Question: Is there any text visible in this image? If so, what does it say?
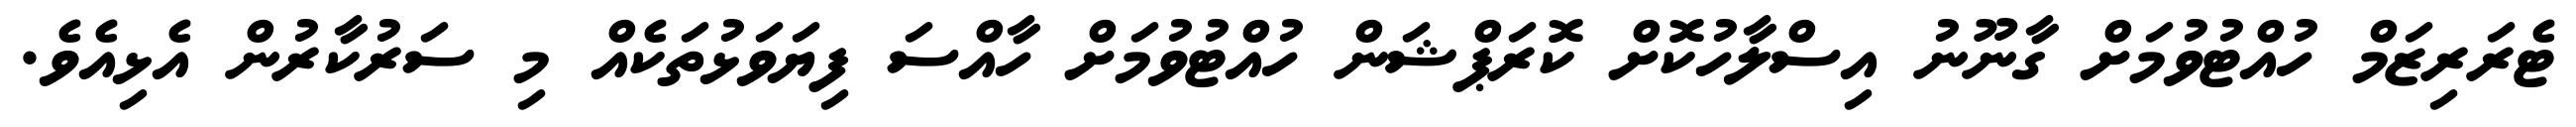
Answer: ޓެރަރިޒަމް ހުއްޓުވުމަށް ގާނޫނު އިސްލާހުކޮށް ކޮރަޕްޝަން ހުއްޓުވުމަށް ހާއްސަ ފިޔަވަޅުތަކެއް މި ސަރުކާރުން އެޅިއެވެ.